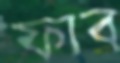
ফাব